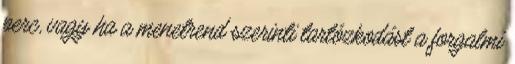
perc, vagy ha a menetrend szerinti tartózkodást a forgalmi